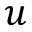
u